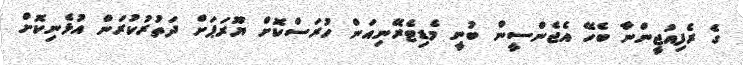
ގެ ރެފިއުޖީންނާ ބެހޭ އެޖެންސީން ބުނީ މެޑިޓެރޭނިއަން ހުރަސްކޮށް ޔޫރަޕަށް ދަތުރުކުރަން އުޅެނިކޮށް